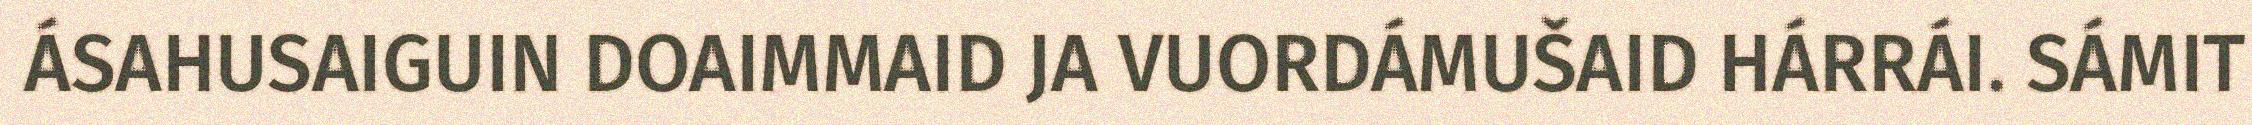
ÁSAHUSAIGUIN DOAIMMAID JA VUORDÁMUŠAID HÁRRÁI. SÁMIT